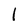
Character: l